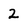
Character: 2